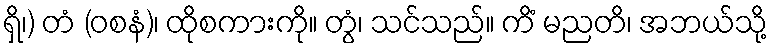
ရှိ၊) တံ (ဝစနံ)၊ ထိုစကားကို။ တွံ၊ သင်သည်။ ကိံ မညတိ၊ အဘယ်သို့